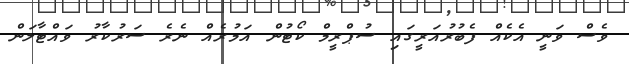
ވެސް ވަނީ އެކެއް ފެބުރުއަރީގައި ސުޕްރީމް ކޯޓުން އަމުރެއް ނެރެ ސަރުކާރު ވައްޓާލަން